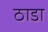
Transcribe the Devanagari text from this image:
ठाडा